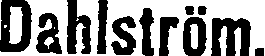
Dahlström.